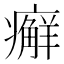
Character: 𰤇